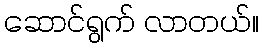
ဆောင်ရွက် လာတယ်။